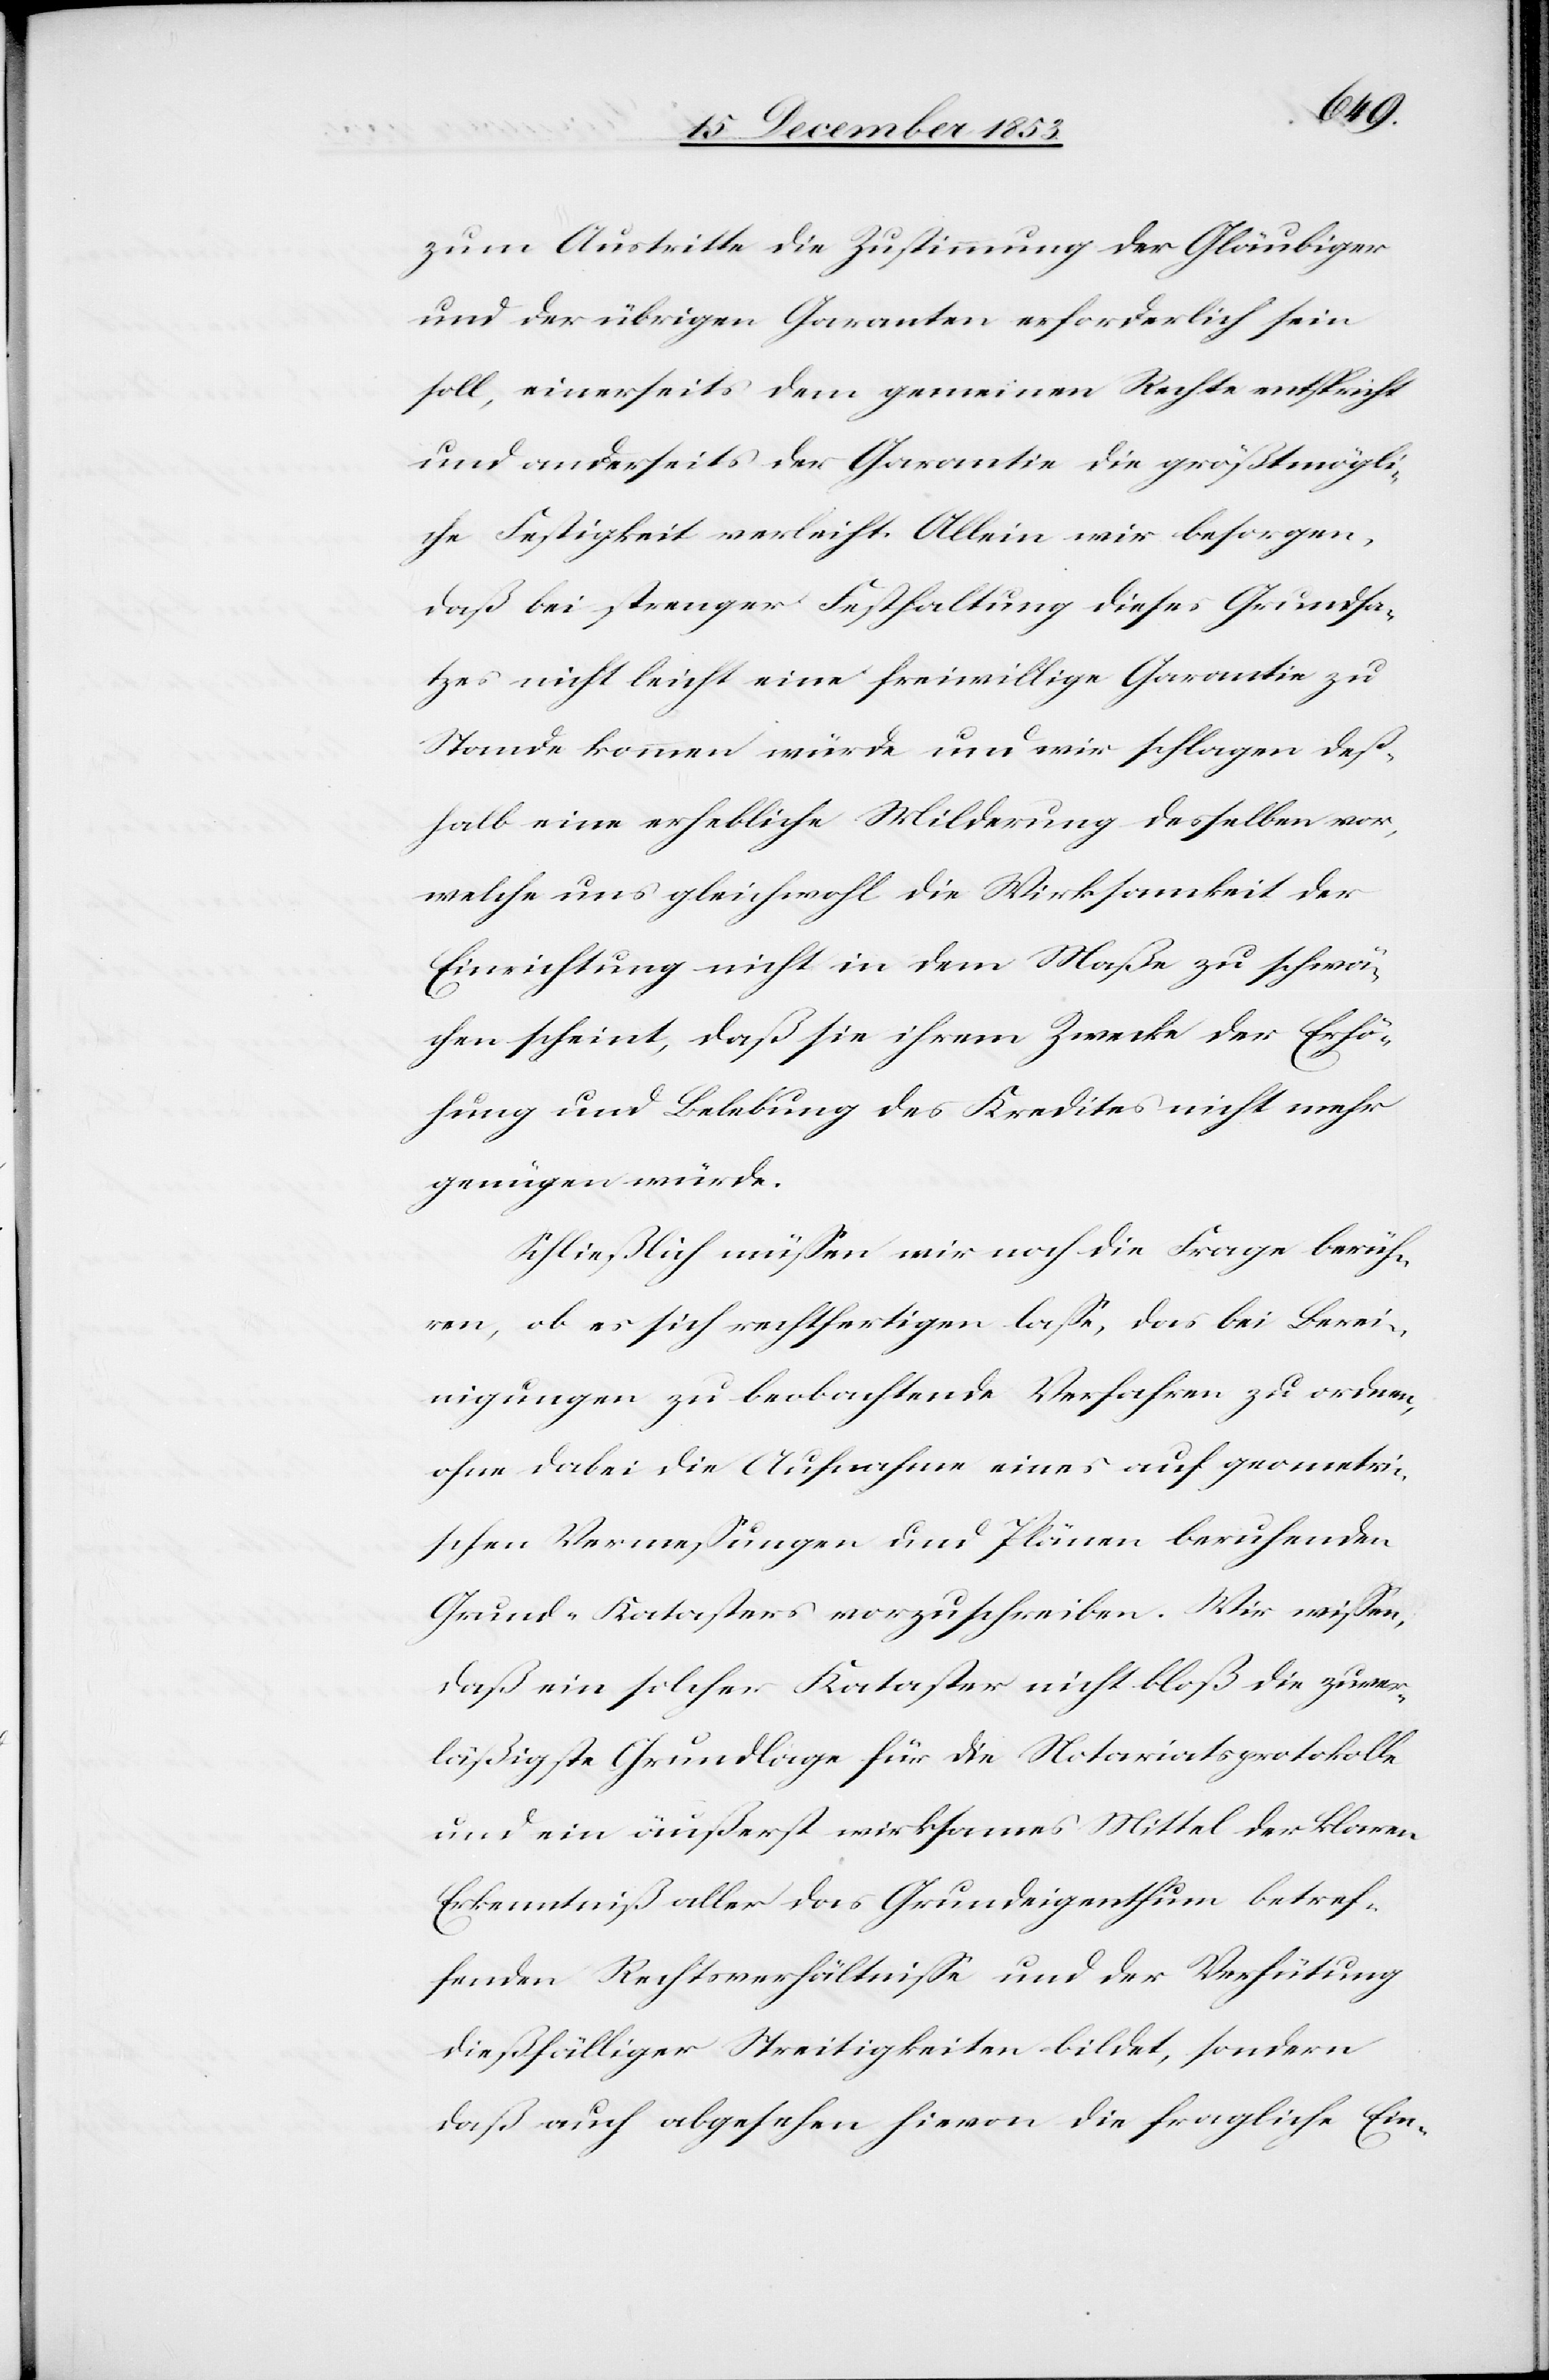
zum Austritte die Zustimmung der Gläubiger
und der übrigen Garanten erforderlich sein
soll, einerseits dem gemeinen Rechte entspricht
und anderseits der Garantie die größtmögli¬
che Festigkeit verleiht. Allein wir besorgen,
daß bei strenger Festhaltung dieses Grundsa¬
tzes nicht leicht eine freiwillige Garantie zu
Stande kommen würde und wir schlagen deß¬
halb eine erhebliche Milderung desselben vor,
welche uns gleichwohl die Wirksamkeit der
Einrichtung nicht in dem Maße zu schwä¬
chen scheint, daß sie ihrem Zwecke der Erhö¬
hung und Behebung des Kredites nicht mehr
genügen würde.
Schließlich müßen wir noch die Frage berüh¬
ren, ob es sich rechtfertigen laße, das bei Berei¬
nigungen zu beobachtende Verfahren zu ordnen,
ohne dabei die Aufnahme eines auf geometri¬
schen Vermeßungen und Plänen beruhenden
Grund-Katasters vorzuschreiben. Wir wißen,
daß ein solcher Kataster nicht bloß die zuver¬
läßigste Grundlage für die Notariatsprotokolle
und ein äußerst wirksames Mittel der klaren
Erkenntniß aller das Grundeigenthum betref¬
fenden Rechtsverhältniße und der Verhütung
dießfälliger Streitigkeiten bildet, sondern
daß auch abgesehen hievon die fragliche Ein-